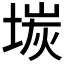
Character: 𡎅